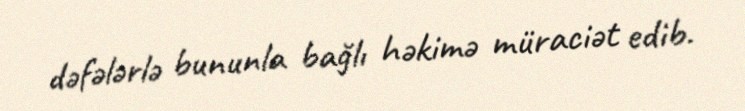
dəfələrlə bununla bağlı həkimə müraciət edib.